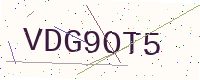
Text: VDG9OT5